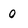
Character: 0